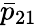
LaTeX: \bar{p}_{21}